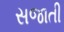
સજાતી